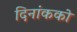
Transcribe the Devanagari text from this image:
दिनांकको